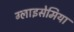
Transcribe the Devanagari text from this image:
ग्लाइसेमिया